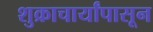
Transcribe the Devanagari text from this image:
शुक्राचार्यांपासून